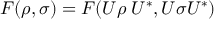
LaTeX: \; F ( \rho , \sigma ) = F ( U \rho \; U ^ { * } , U \sigma U ^ { * } )